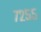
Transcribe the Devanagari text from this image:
७२५५